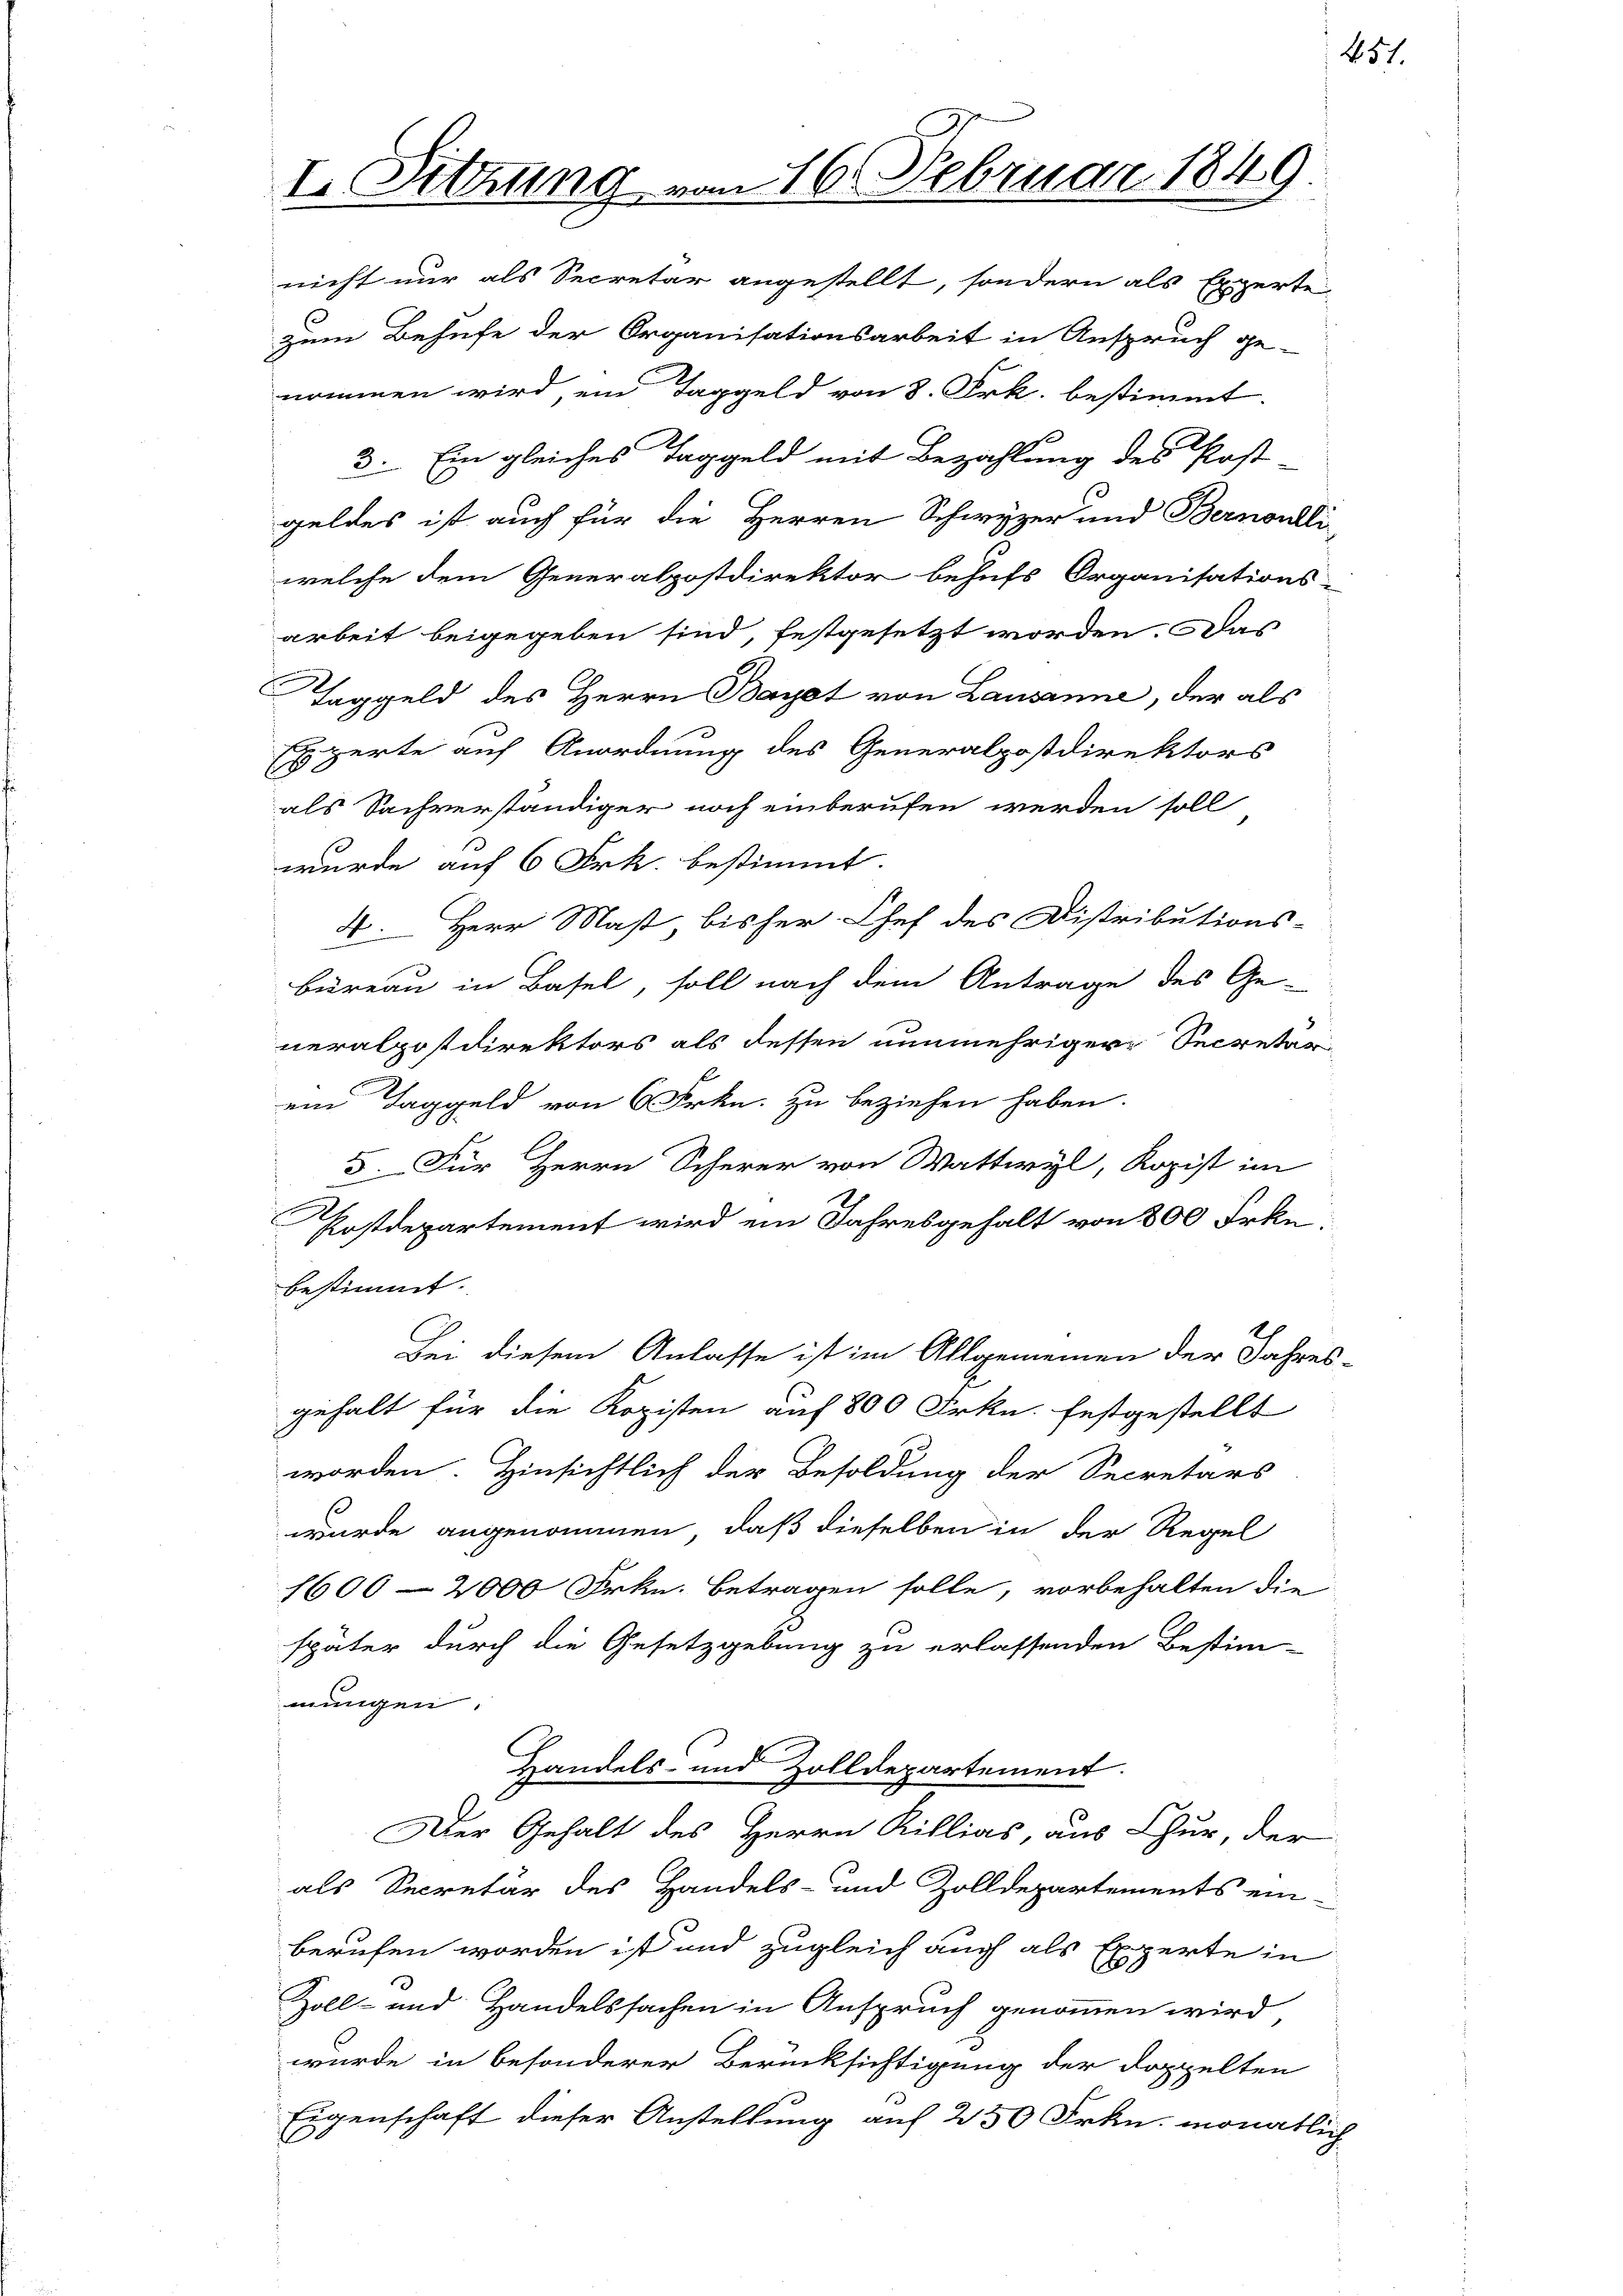
I. Sitzung vom 16. Februar 1849.
nicht nur als Secretär angestellt, sondern als Expertei
zum Behufe der Organisationsarbeit in Anspruch ge-
nommen wird, ein Taggeld von 8. Frk. bestimmt.

3. Ein gleiches Taggeld mit Bezahlung des Post-
geldes ist auch für die Herren Schwyzer und Bernoulli
welche dem Generalpostdirektor behufs Organisations-
arbeit beigegeben sind, festgesetzt worden. Das
Haggeld des Herrn Bayet von Lausanne, der als
Egerte auf Anordnung des Generalpostdirektors
als Sachverständiger noch einberufen werden soll
wurde auf 6 Frk. bestimmt.
4. Herr Mast, bisher Chef des Distributions-
büreau in Basel, soll nach dem Antrage des Ge-
neralpostdirektors als dessen nunmehriger Secretär
l
ein Taggeld von 6 Frkn. zu beziehen haben.
5. Für Herrn Scherer von Wattwyl, Kopist im
Postdepartement wird ein Jahresgehalt von 800 Frkebestimmt.
2
Bei diesem Anlasse ist im Allgemeinen der Jahres-
gehalt für die Kopisten auf 800 Frkn. festgestellt
worden. Hinsichtlich der Besoldung der Secretärs
wurde angenommen, daß dieselben in der Regel
1600-2000 Frkn. betragen solle, vorbehalten die
später durch die Gesetzgebung zu erlassenden Bestim-
mungen.
Handels- und Zolldepartement.
Der Gehalt des Herrn Rillias, aus Chur, der
als Secretär des Handels- und Zolldepartements ein-
berufen worden ist und zugleich auch als Experte in
Zoll- und Handelssachen in Anspruch genommen wird,
wurde in besonderer Berücksichtigung der doppelten
Eigenschaft dieser Anstellung auf 250 Frkn. monatlich

451.